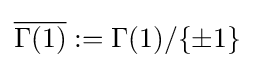
{\overline {\Gamma (1)}}:=\Gamma (1)/\{\pm 1\}